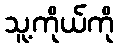
သူ့ကိုယ်ကို